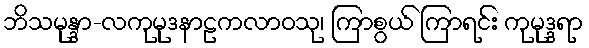
ဘိသမုန္ဒာ-လကုမုဒနာဠကလာဝသု၊ ကြာစွယ် ကြာရင်း ကုမုဒ္ဒရာ